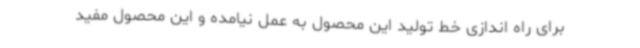
برای راه اندازی خط تولید این محصول به عمل نیامده و این محصول مفید